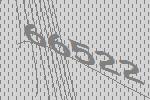
66522